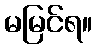
မမြင်ရ။